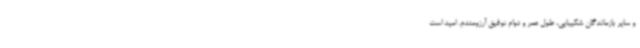
و سایر بازماندگان شکیبایی، طول عمر و دوام توفیق آرزومندم. امید است